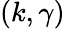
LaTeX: (k,\gamma)